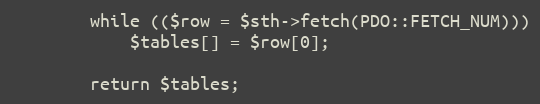
Language: PHP
		while (($row = $sth->fetch(PDO::FETCH_NUM)))
			$tables[] = $row[0];

		return $tables;